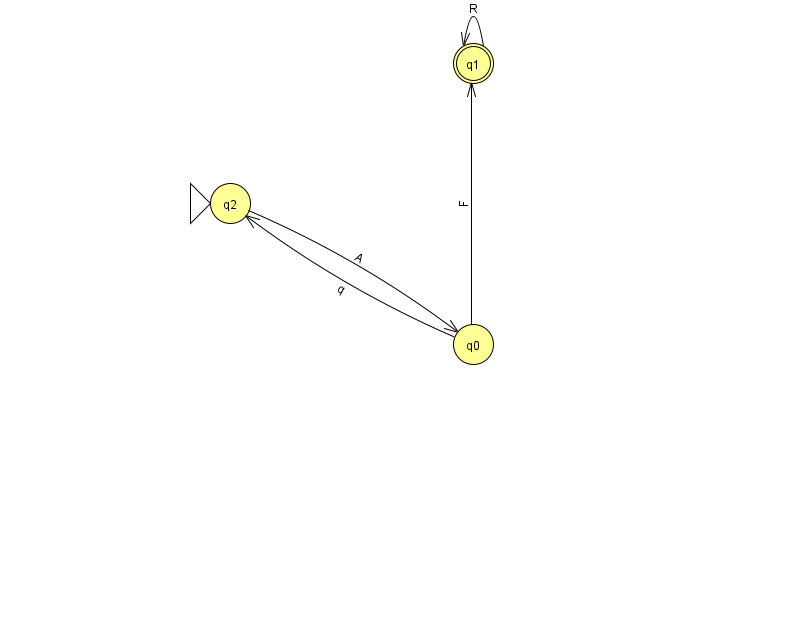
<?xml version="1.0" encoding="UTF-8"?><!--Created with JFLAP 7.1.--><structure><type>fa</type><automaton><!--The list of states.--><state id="0" name="q0"><x>473.0</x><y>331.0</y></state><state id="1" name="q1"><x>473.0</x><y>50.0</y><final/></state><state id="2" name="q2"><x>230.0</x><y>190.0</y><initial/></state><!--The list of transitions.--><transition><from>1</from><to>1</to><read>R</read></transition><transition><from>0</from><to>1</to><read>F</read></transition><transition><from>0</from><to>2</to><read>q</read></transition><transition><from>2</from><to>0</to><read>A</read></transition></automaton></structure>